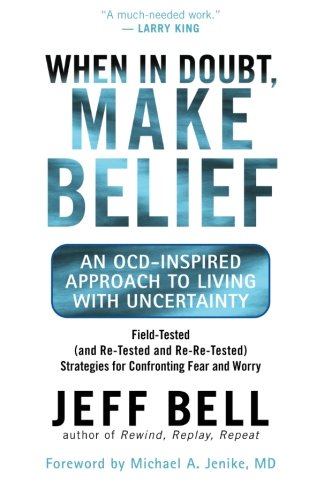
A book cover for When in Doubt, Make Belief: An OCD-Inspired Approach to Living with Uncertainty; Jeff Bell; Health, Fitness & Dieting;